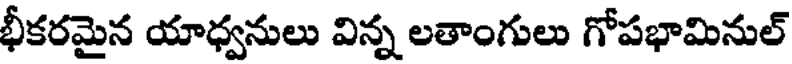
భీకరమైన యాధ్వనులు విన్న లతాంగులు గోపభామినుల్